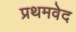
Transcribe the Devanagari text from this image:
प्रथमवेद